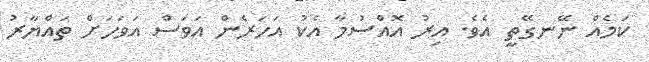
ކަމެއް ނޭނގޭތީ އެވެ. އިރު އޮއްސުމާ އެކު އަހަރެން އަވަސް އަވަހަށް ތައްޔާރު